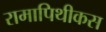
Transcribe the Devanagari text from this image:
रामापिथीकस